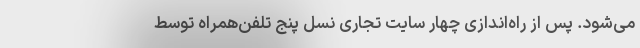
می‌شود. پس از راه‌اندازی چهار سایت تجاری نسل پنج تلفن‌همراه توسط